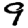
Digit: 9